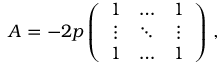
A = - 2 p \left( \begin{array} { c c c } { { 1 } } & { { \ldots } } & { { 1 } } \\ { { \vdots } } & { { \ddots } } & { { \vdots } } \\ { { 1 } } & { { \ldots } } & { { 1 } } \end{array} \right) \, ,